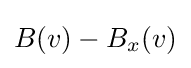
B(v)-{{B}_{x}}(v)